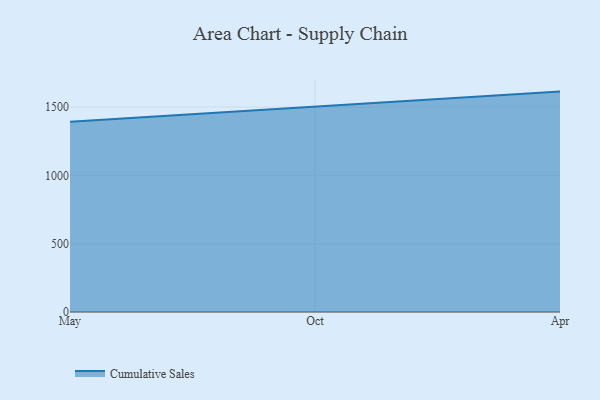
{"axis": {"x": "Month", "y": "Satisfaction Score"}, "legend": ["Cumulative Sales"], "data": [{"x": "May", "y": 1391.9, "type": "Cumulative Sales"}, {"x": "Oct", "y": 1501.7, "type": "Cumulative Sales"}, {"x": "Apr", "y": 1612.7, "type": "Cumulative Sales"}]}